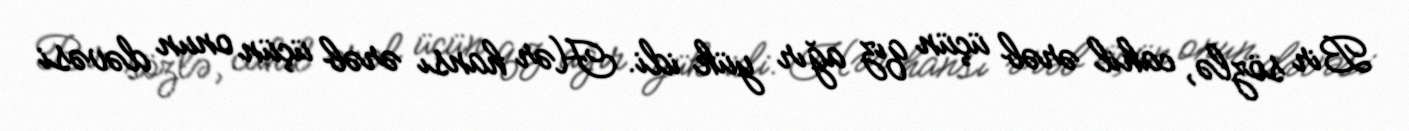
Bir sözlə, cahil ərəb üçün qız ağır yük idi. Hər hansı ərəb üçün onun dəvəsi